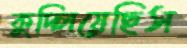
কুদ্‌লিয়েছিস